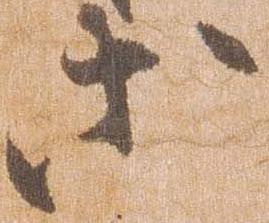
等